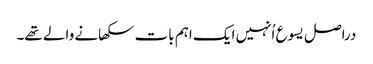
‏ دراصل یسوع اُنہیں ایک اہم بات سکھانے والے تھے۔